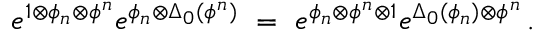
e ^ { 1 \otimes \phi _ { n } \otimes \phi ^ { n } } e ^ { \phi _ { n } \otimes \Delta _ { 0 } ( \phi ^ { n } ) } \ = \ e ^ { \phi _ { n } \otimes \phi ^ { n } \otimes 1 } e ^ { \Delta _ { 0 } ( \phi _ { n } ) \otimes \phi ^ { n } } \, .